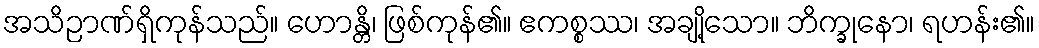
အသိဉာဏ်ရှိကုန်သည်။ ဟောန္တိ၊ ဖြစ်ကုန်၏။ ဧကစ္စဿ၊ အချို့သော။ ဘိက္ခုနော၊ ရဟန်း၏။